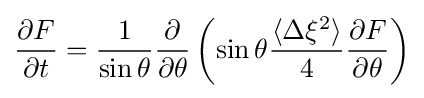
{\partial F \over \partial t}={1 \over \sin \theta }{\partial  \over \partial \theta }\left(\sin \theta {\langle \Delta \xi ^{2}\rangle  \over 4}{\partial F \over \partial \theta }\right)